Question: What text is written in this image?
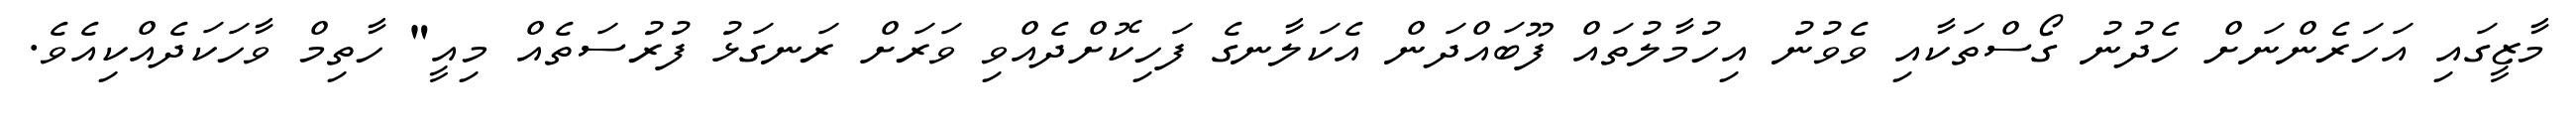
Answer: މާޒީގައި އަހަރެންނަށް ހެދުނު ގޯސްތަކާއި ވެވުނު އިހުމާލުތައް ފޫބައްދަން އެކަލާނގެ ފަހިކޮށްދެއްވި ވަރަށް ރަނގަޅު ފުރުސަތެއް މިއީ" ހާތިމް ވާހަކަދެއްކިއެވެ.